Annual report on the Civil Veterinary Department, Burma (including the Insein Veterinary School) - 1910-1922
Year: 1910
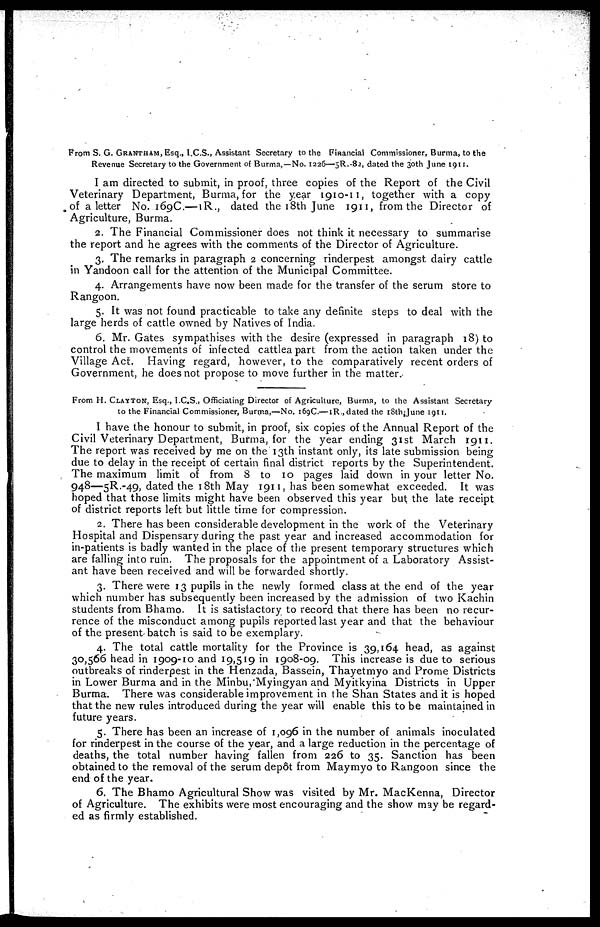
From S. G. GRANTHAM, Esq., I.C.S., Assistant Secretary to the Financial Commissioner, Burma, to the
Revenue Secretary to the Government of Burma, —No. 1226—5R.-82, dated the 30th June 1911.
I am directed to submit, in proof, three copies of the Report of the Civil
Veterinary Department, Burma, for the year 1910-11, together with a copy
of a letter No. 169C.— 1R., dated the 18th June 1911, from the Director of
Agriculture, Burma.
2. The Financial Commissioner does not think it necessary to summarise
the report and he agrees with the comments of the Director of Agriculture.
3. The remarks in paragraph 2 concerning rinderpest amongst dairy cattle
in Yandoon call for the attention of the Municipal Committee.
4. Arrangements have now been made for the transfer of the serum store to
Rangoon.
5. It was not found practicable to take any definite steps to deal with the
large herds of cattle owned by Natives of India.
6. Mr. Gates sympathises with the desire (expressed in paragraph 18) to
control the movements of infected cattlea part from the action taken under the
Village Act. Having regard, however, to the comparatively recent orders of
Government, he does not propose to move further in the matter.
From H. CLAYTON, Esq., I.C.S., Officiating Director of Agriculture, Burma, to the Assistant Secretary
to the Financial Commissioner, Burma,—No. 169C.— 1R, dated the 18thJune 1911.
I have the honour to submit, in proof, six copies of the Annual Report of the
Civil Veterinary Department, Burma, for the year ending 31st March 1911.
The report was received by me on the 13th instant only, its late submission being
due to delay in the receipt of certain final district reports by the Superintendent.
The maximum limit of from 8 to 10 pages laid down in your letter No.
948—5R.-49, dated the 18th May 1911, has been somewhat exceeded. It was
hoped that those limits might have been observed this year but the late receipt
of district reports left but little time for compression.
2. There has been considerable development in the work of the Veterinary
Hospital and Dispensary during the past year and increased accommodation for
in-patients is badly wanted in the place of the present temporary structures which
are falling into ruin. The proposals for the appointment of a Laboratory Assist-
ant have been received and will be forwarded shortly.
3. There were 13 pupils in the newly formed class at the end of the year
which number has subsequently been increased by the admission of two Kachin
students from Bhamo. It is satisfactory to record that there has been no recur-
rence of the misconduct among pupils reported last year and that the behaviour
of the present batch is said to be exemplary.
4. The total cattle mortality for the Province is 39,164 head, as against
30,566 head in 1909-10 and 19,519 in 1908-09. This increase is due to serious
outbreaks of rinderpest in the Henzada, Bassein, Thayetmyo and Prome Districts
in Lower Burma and in the Minbu.'Myingyan and Myitkyina Districts in Upper
Burma. There was considerable improvement in the Shan States and it is hoped
that the new rules introduced during the year will enable this to be maintained in
future years.
5. There has been an increase of 1,096 in the number of animals inoculated
for rinderpest in the course of the year, and a large reduction in the percentage of
deaths, the total number having fallen from 226 to 35. Sanction has been
obtained to the removal of the serum depôt from Maymyo to Rangoon since the
end of the year.
6. The Bhamo Agricultural Show was visited by Mr. MacKenna, Director
of Agriculture. The exhibits were most encouraging and the show may be regard-
ed as firmly established.